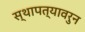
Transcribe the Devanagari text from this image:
स्थापत्यावरुन